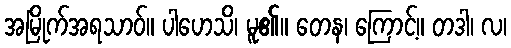
အမြိုက်အရသာဝ်။ ပါဟေသိ၊ မူ၏။ တေန၊ ကြောင့်။ တဒါ၊ လ၊